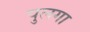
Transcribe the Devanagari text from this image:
पुलगा